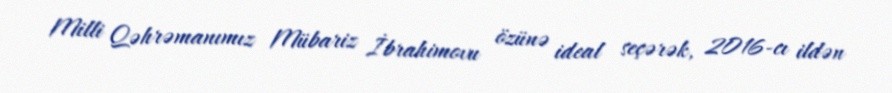
Milli Qəhrəmanımız Mübariz İbrahimovu özünə ideal seçərək, 2016-cı ildən